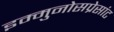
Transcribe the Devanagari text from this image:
इम्मुनोसप्रेसांट